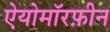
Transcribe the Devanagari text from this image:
ऐयोमॉरफ़ीन